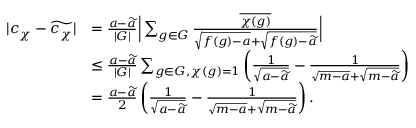
\begin{array} { r l } { | c _ { \chi } - \widetilde { c _ { \chi } } | } & { = \frac { a - \widetilde { a } } { | G | } \Big \lvert \sum _ { g \in G } \frac { \overline { { \chi ( g ) } } } { \sqrt { f ( g ) - a } + \sqrt { f ( g ) - \widetilde { a } } } \Big \rvert } \\ & { \le \frac { a - \widetilde { a } } { | G | } \sum _ { g \in G , \chi ( g ) = 1 } \left( \frac { 1 } { \sqrt { a - \widetilde { a } } } - \frac { 1 } { \sqrt { m - a } + \sqrt { m - \widetilde { a } } } \right) } \\ & { = \frac { a - \widetilde { a } } { 2 } \left( \frac { 1 } { \sqrt { a - \widetilde { a } } } - \frac { 1 } { \sqrt { m - a } + \sqrt { m - \widetilde { a } } } \right) . } \end{array}